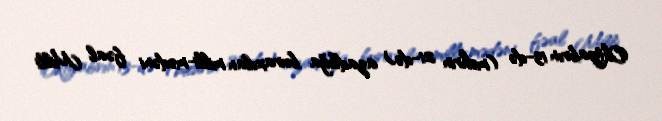
Oktyabrın 13-də (mehrin 21-də) azadlığa buraxılan milli-mədəni fəal Milli